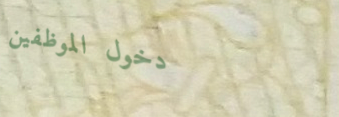
دخول الموظفين